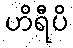
ဟိရီပိ